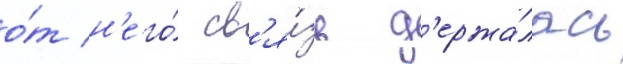
о́т н'его́ св'я́зь д'ержа́лась